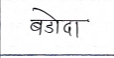
मजकूर: बडोदा